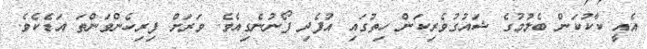
އެއީ ކާކުކަން ބެލުމުގެ ޝައުގުވެރިކަން ހިތުގައި އުފެދި ފޯނުނެގިއެވެ. ވަރަށް ފިރިހެންވަންތަ އަޑެކެވެ.